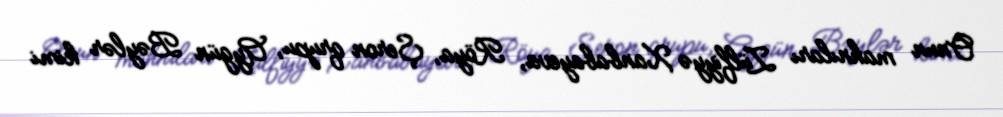
Onun mahnıları Zülfiyyə Xanbabayeva, Röya, Şeron qrupu, Aygün Bəylər kimi